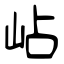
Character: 岾